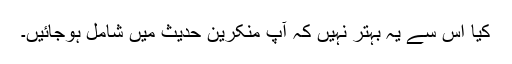
کیا اس سے یہ بہتر نہیں کہ آپ منکرین حدیث میں شامل ہوجائیں۔